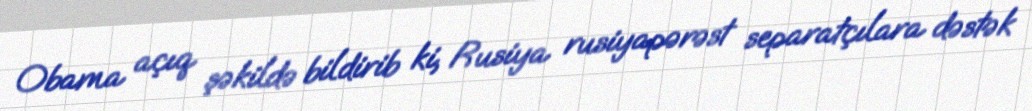
Obama açıq şəkildə bildirib ki, Rusiya rusiyapərəst separatçılara dəstək